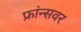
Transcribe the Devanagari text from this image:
फ्रांन्सवर